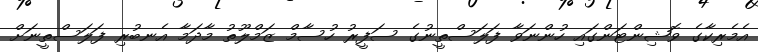
އެމެރިކާގެ ވޮޝިންޓަންގައި ހުންނަވާ ފަލަސްތީނުގެ ސަފީރު ހުސާމް ޒަމްލޫތު މާދަމާ އެނބުރި ފަލަސްތީނަށް